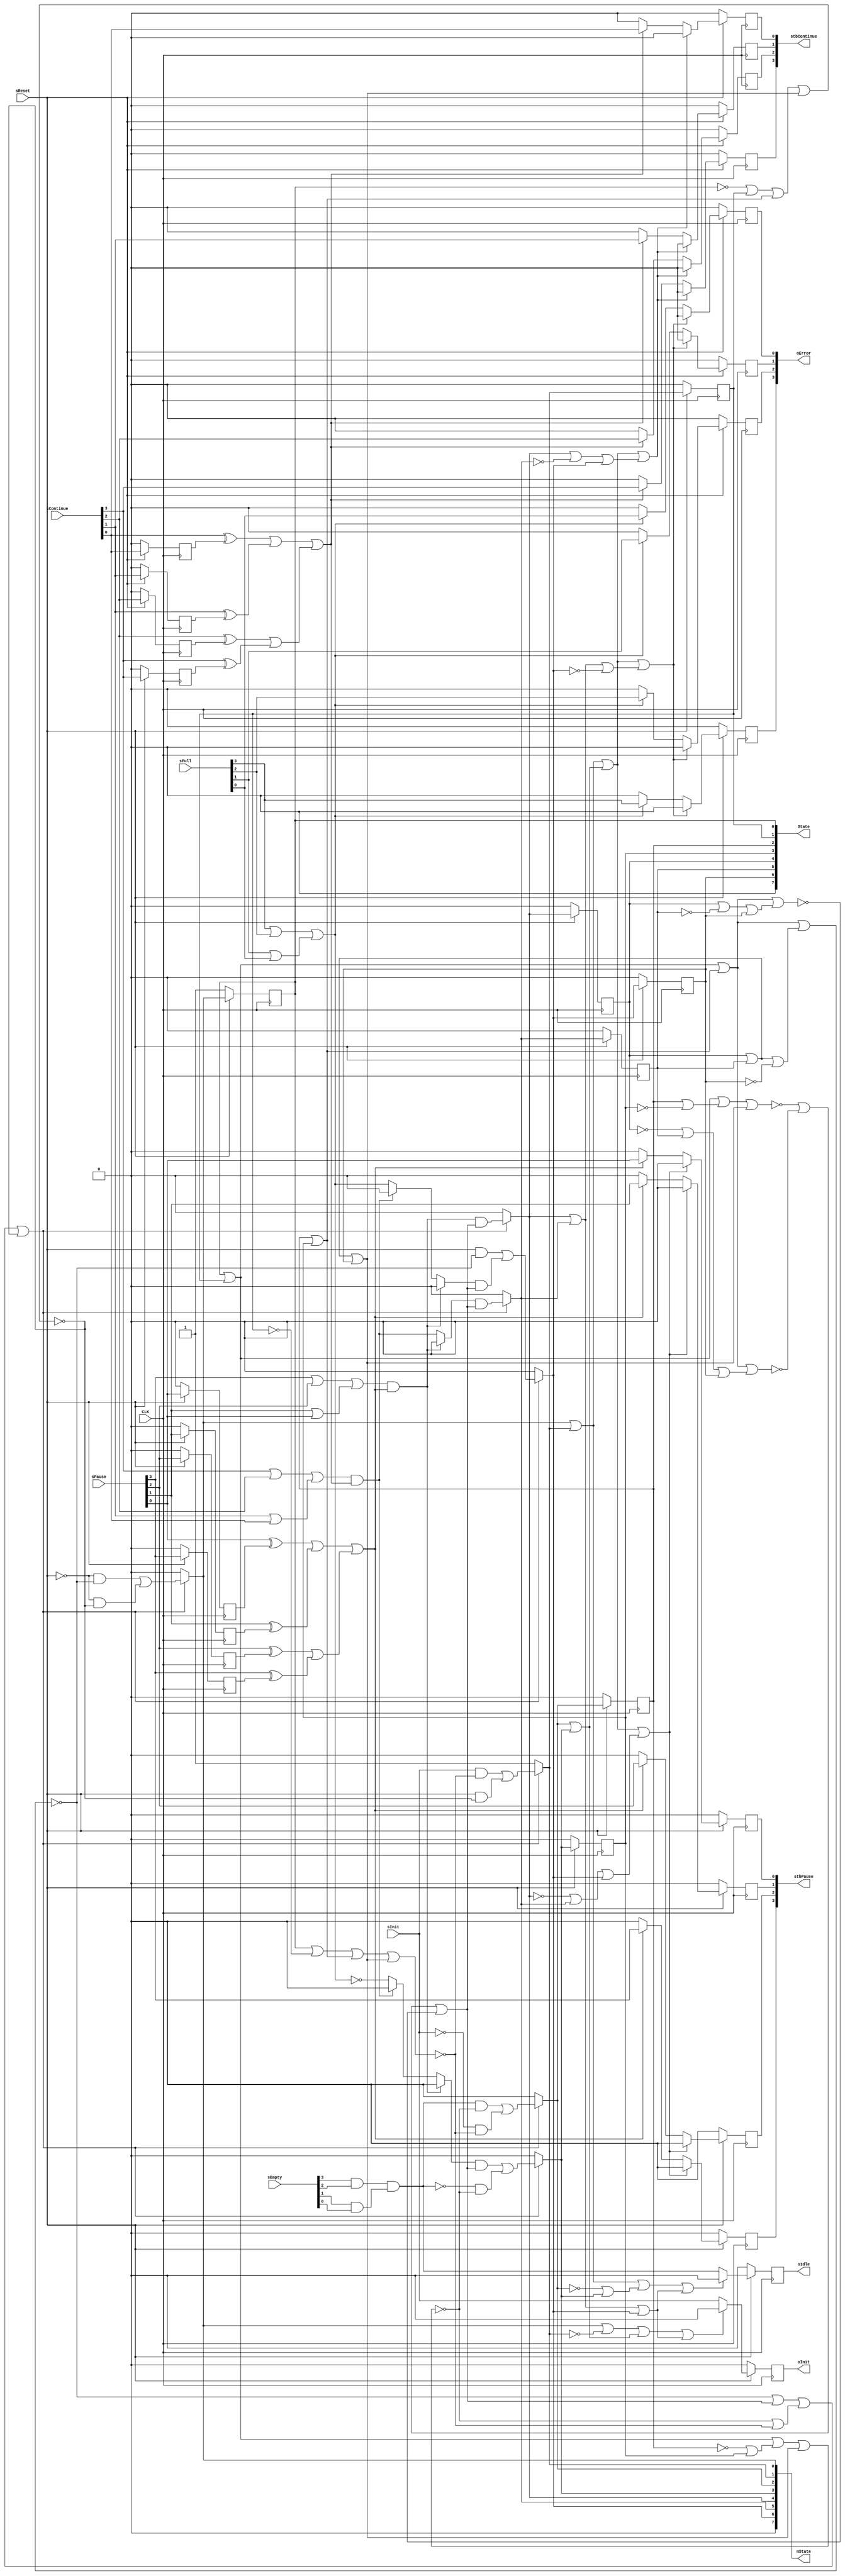
/* Generated by Yosys 0.7 (git sha1 UNKNOWN, clang 5.0.1 -march=x86-64 -mtune=generic -O2 -fstack-protector-strong -fno-plt -fPIC -Os) */

(* top =  1  *)
(* src = "fsm_synth.v:1" *)
module fsm_synth(CLK, sReset, sInit, sEmpty, sFull, sPause, sContinue, oInit, oIdle, oError, stbPause, stbContinue, State, nState);
  (* src = "fsm_synth.v:133" *)
  wire [3:0] _000_;
  (* src = "fsm_synth.v:133" *)
  wire [3:0] _001_;
  (* src = "fsm_synth.v:133" *)
  wire _002_;
  (* src = "fsm_synth.v:133" *)
  wire _003_;
  (* src = "fsm_synth.v:133" *)
  wire [3:0] _004_;
  (* src = "fsm_synth.v:123" *)
  wire [7:0] _005_;
  (* src = "fsm_synth.v:133" *)
  wire [3:0] _006_;
  (* src = "fsm_synth.v:133" *)
  wire [3:0] _007_;
  (* src = "fsm_synth.v:35" *)
  wire [7:0] _008_;
  (* src = "fsm_synth.v:35" *)
  wire [7:0] _009_;
  (* src = "fsm_synth.v:35" *)
  wire [7:0] _010_;
  (* src = "fsm_synth.v:35" *)
  wire [7:0] _011_;
  (* src = "fsm_synth.v:35" *)
  wire [7:0] _012_;
  (* src = "fsm_synth.v:35" *)
  wire [7:0] _013_;
  wire _014_;
  wire [1:0] _015_;
  wire [1:0] _016_;
  wire [1:0] _017_;
  wire [1:0] _018_;
  wire [1:0] _019_;
  wire [1:0] _020_;
  wire [3:0] _021_;
  wire [1:0] _022_;
  wire [3:0] _023_;
  wire [1:0] _024_;
  wire [3:0] _025_;
  wire [1:0] _026_;
  wire [3:0] _027_;
  wire [1:0] _028_;
  wire [3:0] _029_;
  wire [1:0] _030_;
  wire _031_;
  wire [3:0] _032_;
  wire [1:0] _033_;
  wire [3:0] _034_;
  wire [1:0] _035_;
  wire [3:0] _036_;
  wire [1:0] _037_;
  wire [3:0] _038_;
  wire [1:0] _039_;
  wire [3:0] _040_;
  wire [1:0] _041_;
  wire [3:0] _042_;
  wire [1:0] _043_;
  wire [3:0] _044_;
  wire [1:0] _045_;
  wire [1:0] _046_;
  wire [1:0] _047_;
  wire [1:0] _048_;
  wire [1:0] _049_;
  wire _050_;
  wire [1:0] _051_;
  wire [1:0] _052_;
  wire [1:0] _053_;
  wire [1:0] _054_;
  wire _055_;
  wire [3:0] _056_;
  wire [3:0] _057_;
  wire [7:0] _058_;
  wire [7:0] _059_;
  wire [7:0] _060_;
  wire [7:0] _061_;
  wire [7:0] _062_;
  wire [7:0] _063_;
  wire [7:0] _064_;
  wire [7:0] _065_;
  wire [7:0] _066_;
  wire [7:0] _067_;
  wire _068_;
  wire _069_;
  wire _070_;
  wire _071_;
  wire _072_;
  wire _073_;
  wire _074_;
  wire _075_;
  wire _076_;
  wire _077_;
  wire _078_;
  wire _079_;
  (* src = "fsm_synth.v:186" *)
  wire _080_;
  (* src = "fsm_synth.v:201" *)
  wire _081_;
  wire _082_;
  wire _083_;
  wire _084_;
  wire _085_;
  wire _086_;
  wire _087_;
  wire _088_;
  wire _089_;
  (* src = "fsm_synth.v:36|<techmap.v>:432" *)
  wire [39:0] _090_;
  (* src = "fsm_synth.v:36|<techmap.v>:428" *)
  wire [7:0] _091_;
  wire [3:0] _092_;
  wire [3:0] _093_;
  wire [3:0] _094_;
  wire [3:0] _095_;
  wire [3:0] _096_;
  wire [3:0] _097_;
  wire _098_;
  (* src = "fsm_synth.v:65" *)
  wire _099_;
  (* src = "fsm_synth.v:69" *)
  wire _100_;
  (* src = "fsm_synth.v:36|<techmap.v>:445" *)
  wire _101_;
  (* src = "fsm_synth.v:3" *)
  input CLK;
  (* src = "fsm_synth.v:18" *)
  output [7:0] State;
  (* src = "fsm_synth.v:22" *)
  reg [3:0] continuar;
  (* src = "fsm_synth.v:18" *)
  output [7:0] nState;
  (* src = "fsm_synth.v:23" *)
  wire [7:0] nextState;
  (* src = "fsm_synth.v:14" *)
  output [3:0] oError;
  reg [3:0] oError;
  (* src = "fsm_synth.v:13" *)
  output oIdle;
  reg oIdle;
  (* src = "fsm_synth.v:12" *)
  output oInit;
  reg oInit;
  (* src = "fsm_synth.v:22" *)
  reg [3:0] pausa;
  (* src = "fsm_synth.v:9" *)
  input [3:0] sContinue;
  (* src = "fsm_synth.v:6" *)
  input [3:0] sEmpty;
  (* src = "fsm_synth.v:7" *)
  input [3:0] sFull;
  (* src = "fsm_synth.v:5" *)
  input sInit;
  (* src = "fsm_synth.v:8" *)
  input [3:0] sPause;
  (* src = "fsm_synth.v:4" *)
  input sReset;
  (* src = "fsm_synth.v:23" *)
  wire [7:0] state;
  (* src = "fsm_synth.v:16" *)
  output [3:0] stbContinue;
  reg [3:0] stbContinue;
  (* src = "fsm_synth.v:15" *)
  output [3:0] stbPause;
  reg [3:0] stbPause;
  assign _015_[0] = sPause[3] |(* src = "fsm_synth.v:93" *)  sPause[2];
  assign _015_[1] = sPause[1] |(* src = "fsm_synth.v:93" *)  sPause[0];
  assign _099_ = _015_[0] |(* src = "fsm_synth.v:93" *)  _015_[1];
  assign _016_[0] = sContinue[3] |(* src = "fsm_synth.v:95" *)  sContinue[2];
  assign _016_[1] = sContinue[1] |(* src = "fsm_synth.v:95" *)  sContinue[0];
  assign _100_ = _016_[0] |(* src = "fsm_synth.v:95" *)  _016_[1];
  assign _017_[0] = sEmpty[3] &(* src = "fsm_synth.v:174" *)  sEmpty[2];
  assign _017_[1] = sEmpty[1] &(* src = "fsm_synth.v:174" *)  sEmpty[0];
  assign _013_[2] = _017_[0] &(* src = "fsm_synth.v:174" *)  _017_[1];
  assign _018_[0] = _056_[0] |(* src = "fsm_synth.v:186" *)  _056_[1];
  assign _018_[1] = _056_[2] |(* src = "fsm_synth.v:186" *)  _056_[3];
  assign _080_ = _018_[0] |(* src = "fsm_synth.v:186" *)  _018_[1];
  assign _019_[0] = _057_[0] |(* src = "fsm_synth.v:201" *)  _057_[1];
  assign _019_[1] = _057_[2] |(* src = "fsm_synth.v:201" *)  _057_[3];
  assign _081_ = _019_[0] |(* src = "fsm_synth.v:201" *)  _019_[1];
  assign _020_[0] = sFull[3] |(* src = "fsm_synth.v:219" *)  sFull[2];
  assign _020_[1] = sFull[1] |(* src = "fsm_synth.v:219" *)  sFull[0];
  assign _009_[6] = _020_[0] |(* src = "fsm_synth.v:219" *)  _020_[1];
  assign _021_[2] = nextState[4] |(* src = "fsm_synth.v:151" *)  _058_[5];
  assign _022_[1] = _021_[2] |(* src = "fsm_synth.v:151" *)  nextState[6];
  assign _068_ = _022_[0] |(* src = "fsm_synth.v:151" *)  _022_[1];
  assign _023_[2] = _059_[4] |(* src = "fsm_synth.v:151" *)  nextState[5];
  assign _024_[1] = _023_[2] |(* src = "fsm_synth.v:151" *)  nextState[6];
  assign _069_ = _022_[0] |(* src = "fsm_synth.v:151" *)  _024_[1];
  assign _022_[0] = _021_[0] |(* src = "fsm_synth.v:151" *)  _021_[1];
  assign _026_[1] = _025_[2] |(* src = "fsm_synth.v:151" *)  _025_[3];
  assign _070_ = _022_[0] |(* src = "fsm_synth.v:151" *)  _026_[1];
  assign _021_[0] = nextState[0] |(* src = "fsm_synth.v:151" *)  nextState[1];
  assign _027_[1] = _060_[2] |(* src = "fsm_synth.v:151" *)  nextState[3];
  assign _028_[0] = _021_[0] |(* src = "fsm_synth.v:151" *)  _027_[1];
  assign _071_ = _028_[0] |(* src = "fsm_synth.v:151" *)  _028_[1];
  assign _029_[0] = nextState[0] |(* src = "fsm_synth.v:151" *)  _061_[1];
  assign _021_[1] = nextState[2] |(* src = "fsm_synth.v:151" *)  nextState[3];
  assign _025_[2] = nextState[4] |(* src = "fsm_synth.v:151" *)  nextState[5];
  assign _030_[0] = _029_[0] |(* src = "fsm_synth.v:151" *)  _021_[1];
  assign _028_[1] = _025_[2] |(* src = "fsm_synth.v:151" *)  nextState[6];
  assign _072_ = _030_[0] |(* src = "fsm_synth.v:151" *)  _028_[1];
  assign _031_ = _086_ | _085_;
  assign _014_ = _031_ | _084_;
  assign _032_[0] = state[0] |(* src = "fsm_synth.v:36" *)  state[1];
  assign _032_[1] = state[2] |(* src = "fsm_synth.v:36" *)  state[3];
  assign _032_[2] = state[4] |(* src = "fsm_synth.v:36" *)  state[5];
  assign _033_[1] = _032_[2] |(* src = "fsm_synth.v:36" *)  _032_[3];
  assign _073_ = _033_[0] |(* src = "fsm_synth.v:36" *)  _033_[1];
  assign _034_[2] = state[4] |(* src = "fsm_synth.v:36" *)  _062_[5];
  assign _035_[1] = _034_[2] |(* src = "fsm_synth.v:36" *)  state[6];
  assign _074_ = _033_[0] |(* src = "fsm_synth.v:36" *)  _035_[1];
  assign _036_[2] = _063_[4] |(* src = "fsm_synth.v:36" *)  state[5];
  assign _033_[0] = _032_[0] |(* src = "fsm_synth.v:36" *)  _032_[1];
  assign _037_[1] = _036_[2] |(* src = "fsm_synth.v:36" *)  state[6];
  assign _075_ = _033_[0] |(* src = "fsm_synth.v:36" *)  _037_[1];
  assign _038_[1] = state[2] |(* src = "fsm_synth.v:36" *)  _064_[3];
  assign _039_[0] = _032_[0] |(* src = "fsm_synth.v:36" *)  _038_[1];
  assign _076_ = _039_[0] |(* src = "fsm_synth.v:36" *)  _039_[1];
  assign _040_[1] = _065_[2] |(* src = "fsm_synth.v:36" *)  state[3];
  assign _041_[0] = _032_[0] |(* src = "fsm_synth.v:36" *)  _040_[1];
  assign _077_ = _041_[0] |(* src = "fsm_synth.v:36" *)  _039_[1];
  assign _042_[0] = state[0] |(* src = "fsm_synth.v:36" *)  _066_[1];
  assign _043_[0] = _042_[0] |(* src = "fsm_synth.v:36" *)  _032_[1];
  assign _039_[1] = _032_[2] |(* src = "fsm_synth.v:36" *)  state[6];
  assign _078_ = _043_[0] |(* src = "fsm_synth.v:36" *)  _039_[1];
  assign _044_[0] = _067_[0] |(* src = "fsm_synth.v:36" *)  state[1];
  assign _045_[0] = _044_[0] |(* src = "fsm_synth.v:36" *)  _032_[1];
  assign _079_ = _045_[0] |(* src = "fsm_synth.v:36" *)  _039_[1];
  assign _046_[0] = _090_[6] |(* src = "fsm_synth.v:36|<techmap.v>:441" *)  _090_[14];
  assign _050_ = _049_[0] |(* src = "fsm_synth.v:36|<techmap.v>:441" *)  _049_[1];
  assign _051_[1] = _090_[18] |(* src = "fsm_synth.v:36|<techmap.v>:441" *)  _090_[26];
  assign _091_[1] = _052_[1] |(* src = "fsm_synth.v:36|<techmap.v>:441" *)  _090_[33];
  assign _091_[0] = _053_[0] |(* src = "fsm_synth.v:36|<techmap.v>:441" *)  _090_[32];
  assign _054_[0] = _083_ |(* src = "fsm_synth.v:36|<techmap.v>:445" *)  _014_;
  assign _054_[1] = _087_ |(* src = "fsm_synth.v:36|<techmap.v>:445" *)  _088_;
  assign _055_ = _054_[0] |(* src = "fsm_synth.v:36|<techmap.v>:445" *)  _054_[1];
  assign _101_ = _055_ |(* src = "fsm_synth.v:36|<techmap.v>:445" *)  _089_;
  assign _083_ = ~(* src = "fsm_synth.v:36" *) _073_;
  assign _084_ = ~(* src = "fsm_synth.v:36" *) _074_;
  assign _085_ = ~(* src = "fsm_synth.v:36" *) _075_;
  assign _086_ = ~(* src = "fsm_synth.v:36" *) _076_;
  assign _087_ = ~(* src = "fsm_synth.v:36" *) _077_;
  assign _088_ = ~(* src = "fsm_synth.v:36" *) _078_;
  assign _089_ = ~(* src = "fsm_synth.v:36" *) _079_;
  assign _010_[4] = _099_ &(* src = "fsm_synth.v:93" *)  _080_;
  assign _008_[5] = _100_ &(* src = "fsm_synth.v:95" *)  _081_;
  assign _000_[0] = sReset ? (* src = "fsm_synth.v:134" *) sContinue[0] : 1'b0;
  assign _000_[1] = sReset ? (* src = "fsm_synth.v:134" *) sContinue[1] : 1'b0;
  assign _000_[2] = sReset ? (* src = "fsm_synth.v:134" *) sContinue[2] : 1'b0;
  assign _000_[3] = sReset ? (* src = "fsm_synth.v:134" *) sContinue[3] : 1'b0;
  assign _004_[0] = sReset ? (* src = "fsm_synth.v:134" *) sPause[0] : 1'b0;
  assign _004_[1] = sReset ? (* src = "fsm_synth.v:134" *) sPause[1] : 1'b0;
  assign _004_[2] = sReset ? (* src = "fsm_synth.v:134" *) sPause[2] : 1'b0;
  assign _004_[3] = sReset ? (* src = "fsm_synth.v:134" *) sPause[3] : 1'b0;
  assign _092_[0] = _081_ ? (* src = "fsm_synth.v:201" *) sContinue[0] : 1'b0;
  assign _092_[1] = _081_ ? (* src = "fsm_synth.v:201" *) sContinue[1] : 1'b0;
  assign _092_[2] = _081_ ? (* src = "fsm_synth.v:201" *) sContinue[2] : 1'b0;
  assign _092_[3] = _081_ ? (* src = "fsm_synth.v:201" *) sContinue[3] : 1'b0;
  assign _093_[0] = _068_ ? (* src = "fsm_synth.v:151" *) 1'b0 : _092_[0];
  assign _093_[1] = _068_ ? (* src = "fsm_synth.v:151" *) 1'b0 : _092_[1];
  assign _093_[2] = _068_ ? (* src = "fsm_synth.v:151" *) 1'b0 : _092_[2];
  assign _093_[3] = _068_ ? (* src = "fsm_synth.v:151" *) 1'b0 : _092_[3];
  assign _006_[0] = sReset ? (* src = "fsm_synth.v:134" *) _093_[0] : 1'b0;
  assign _006_[1] = sReset ? (* src = "fsm_synth.v:134" *) _093_[1] : 1'b0;
  assign _006_[2] = sReset ? (* src = "fsm_synth.v:134" *) _093_[2] : 1'b0;
  assign _006_[3] = sReset ? (* src = "fsm_synth.v:134" *) _093_[3] : 1'b0;
  assign _094_[0] = _080_ ? (* src = "fsm_synth.v:186" *) sPause[0] : 1'b0;
  assign _094_[1] = _080_ ? (* src = "fsm_synth.v:186" *) sPause[1] : 1'b0;
  assign _094_[2] = _080_ ? (* src = "fsm_synth.v:186" *) sPause[2] : 1'b0;
  assign _094_[3] = _080_ ? (* src = "fsm_synth.v:186" *) sPause[3] : 1'b0;
  assign _095_[0] = _069_ ? (* src = "fsm_synth.v:151" *) 1'b0 : _094_[0];
  assign _095_[1] = _069_ ? (* src = "fsm_synth.v:151" *) 1'b0 : _094_[1];
  assign _095_[2] = _069_ ? (* src = "fsm_synth.v:151" *) 1'b0 : _094_[2];
  assign _095_[3] = _069_ ? (* src = "fsm_synth.v:151" *) 1'b0 : _094_[3];
  assign _007_[0] = sReset ? (* src = "fsm_synth.v:134" *) _095_[0] : 1'b0;
  assign _007_[1] = sReset ? (* src = "fsm_synth.v:134" *) _095_[1] : 1'b0;
  assign _007_[2] = sReset ? (* src = "fsm_synth.v:134" *) _095_[2] : 1'b0;
  assign _007_[3] = sReset ? (* src = "fsm_synth.v:134" *) _095_[3] : 1'b0;
  assign _096_[0] = _009_[6] ? (* src = "fsm_synth.v:219" *) sFull[0] : 1'b0;
  assign _096_[1] = _009_[6] ? (* src = "fsm_synth.v:219" *) sFull[1] : 1'b0;
  assign _096_[2] = _009_[6] ? (* src = "fsm_synth.v:219" *) sFull[2] : 1'b0;
  assign _096_[3] = _009_[6] ? (* src = "fsm_synth.v:219" *) sFull[3] : 1'b0;
  assign _097_[0] = _070_ ? (* src = "fsm_synth.v:151" *) 1'b0 : _096_[0];
  assign _097_[1] = _070_ ? (* src = "fsm_synth.v:151" *) 1'b0 : _096_[1];
  assign _097_[2] = _070_ ? (* src = "fsm_synth.v:151" *) 1'b0 : _096_[2];
  assign _097_[3] = _070_ ? (* src = "fsm_synth.v:151" *) 1'b0 : _096_[3];
  assign _001_[0] = sReset ? (* src = "fsm_synth.v:134" *) _097_[0] : 1'b0;
  assign _001_[1] = sReset ? (* src = "fsm_synth.v:134" *) _097_[1] : 1'b0;
  assign _001_[2] = sReset ? (* src = "fsm_synth.v:134" *) _097_[2] : 1'b0;
  assign _001_[3] = sReset ? (* src = "fsm_synth.v:134" *) _097_[3] : 1'b0;
  assign _098_ = _071_ ? (* src = "fsm_synth.v:151" *) 1'b0 : _013_[2];
  assign _002_ = sReset ? (* src = "fsm_synth.v:134" *) _098_ : 1'b0;
  assign _082_ = _072_ ? (* src = "fsm_synth.v:151" *) 1'b0 : sInit;
  assign _003_ = sReset ? (* src = "fsm_synth.v:134" *) _082_ : 1'b0;
  assign _005_[0] = sReset ? (* src = "fsm_synth.v:124" *) nextState[0] : 1'b1;
  assign _005_[1] = sReset ? (* src = "fsm_synth.v:124" *) nextState[1] : 1'b0;
  assign _005_[2] = sReset ? (* src = "fsm_synth.v:124" *) nextState[2] : 1'b0;
  assign _005_[3] = sReset ? (* src = "fsm_synth.v:124" *) nextState[3] : 1'b0;
  assign _005_[4] = sReset ? (* src = "fsm_synth.v:124" *) nextState[4] : 1'b0;
  assign _005_[5] = sReset ? (* src = "fsm_synth.v:124" *) nextState[5] : 1'b0;
  assign _005_[6] = sReset ? (* src = "fsm_synth.v:124" *) nextState[6] : 1'b0;
  assign _009_[3] = ~(* src = "fsm_synth.v:97" *) _009_[6];
  assign _010_[3] = _010_[4] ? (* src = "fsm_synth.v:93" *) 1'b0 : _008_[3];
  assign _010_[5] = _010_[4] ? (* src = "fsm_synth.v:93" *) 1'b0 : _008_[5];
  assign _010_[6] = _010_[4] ? (* src = "fsm_synth.v:93" *) 1'b0 : _008_[6];
  assign _008_[3] = _008_[5] ? (* src = "fsm_synth.v:69" *) 1'b0 : _009_[3];
  assign _008_[6] = _008_[5] ? (* src = "fsm_synth.v:69" *) 1'b0 : _009_[6];
  assign _013_[3] = ~(* src = "fsm_synth.v:56" *) _013_[2];
  assign _012_[2] = ~(* src = "fsm_synth.v:47" *) sInit;
  assign _011_[0] = ~(* src = "fsm_synth.v:39" *) sReset;
  assign nextState[0] = _101_ ? (* src = "fsm_synth.v:36|<techmap.v>:445" *) _091_[0] : 1'b0;
  assign nextState[1] = _101_ ? (* src = "fsm_synth.v:36|<techmap.v>:445" *) _091_[1] : 1'b1;
  assign nextState[2] = _101_ ? (* src = "fsm_synth.v:36|<techmap.v>:445" *) _051_[1] : 1'b0;
  assign nextState[3] = _101_ ? (* src = "fsm_synth.v:36|<techmap.v>:445" *) _050_ : 1'b0;
  assign nextState[4] = _101_ ? (* src = "fsm_synth.v:36|<techmap.v>:445" *) _048_[0] : 1'b0;
  assign nextState[5] = _101_ ? (* src = "fsm_synth.v:36|<techmap.v>:445" *) _047_[0] : 1'b0;
  assign nextState[6] = _101_ ? (* src = "fsm_synth.v:36|<techmap.v>:445" *) _046_[0] : 1'b0;
  (* src = "fsm_synth.v:133" *)
  always @(posedge CLK)
      oInit <= _003_;
  (* src = "fsm_synth.v:133" *)
  always @(posedge CLK)
      oIdle <= _002_;
  (* src = "fsm_synth.v:133" *)
  always @(posedge CLK)
      oError[0] <= _001_[0];
  (* src = "fsm_synth.v:133" *)
  always @(posedge CLK)
      oError[1] <= _001_[1];
  (* src = "fsm_synth.v:133" *)
  always @(posedge CLK)
      oError[2] <= _001_[2];
  (* src = "fsm_synth.v:133" *)
  always @(posedge CLK)
      oError[3] <= _001_[3];
  (* src = "fsm_synth.v:133" *)
  always @(posedge CLK)
      stbPause[0] <= _007_[0];
  (* src = "fsm_synth.v:133" *)
  always @(posedge CLK)
      stbPause[1] <= _007_[1];
  (* src = "fsm_synth.v:133" *)
  always @(posedge CLK)
      stbPause[2] <= _007_[2];
  (* src = "fsm_synth.v:133" *)
  always @(posedge CLK)
      stbPause[3] <= _007_[3];
  (* src = "fsm_synth.v:133" *)
  always @(posedge CLK)
      stbContinue[0] <= _006_[0];
  (* src = "fsm_synth.v:133" *)
  always @(posedge CLK)
      stbContinue[1] <= _006_[1];
  (* src = "fsm_synth.v:133" *)
  always @(posedge CLK)
      stbContinue[2] <= _006_[2];
  (* src = "fsm_synth.v:133" *)
  always @(posedge CLK)
      stbContinue[3] <= _006_[3];
  (* src = "fsm_synth.v:133" *)
  always @(posedge CLK)
      pausa[0] <= _004_[0];
  (* src = "fsm_synth.v:133" *)
  always @(posedge CLK)
      pausa[1] <= _004_[1];
  (* src = "fsm_synth.v:133" *)
  always @(posedge CLK)
      pausa[2] <= _004_[2];
  (* src = "fsm_synth.v:133" *)
  always @(posedge CLK)
      pausa[3] <= _004_[3];
  (* src = "fsm_synth.v:133" *)
  always @(posedge CLK)
      continuar[0] <= _000_[0];
  (* src = "fsm_synth.v:133" *)
  always @(posedge CLK)
      continuar[1] <= _000_[1];
  (* src = "fsm_synth.v:133" *)
  always @(posedge CLK)
      continuar[2] <= _000_[2];
  (* src = "fsm_synth.v:133" *)
  always @(posedge CLK)
      continuar[3] <= _000_[3];
  reg \state_reg[0] ;
  (* src = "fsm_synth.v:123" *)
  always @(posedge CLK)
      \state_reg[0]  <= _005_[0];
  assign state[0] = \state_reg[0] ;
  reg \state_reg[1] ;
  (* src = "fsm_synth.v:123" *)
  always @(posedge CLK)
      \state_reg[1]  <= _005_[1];
  assign state[1] = \state_reg[1] ;
  reg \state_reg[2] ;
  (* src = "fsm_synth.v:123" *)
  always @(posedge CLK)
      \state_reg[2]  <= _005_[2];
  assign state[2] = \state_reg[2] ;
  reg \state_reg[3] ;
  (* src = "fsm_synth.v:123" *)
  always @(posedge CLK)
      \state_reg[3]  <= _005_[3];
  assign state[3] = \state_reg[3] ;
  reg \state_reg[4] ;
  (* src = "fsm_synth.v:123" *)
  always @(posedge CLK)
      \state_reg[4]  <= _005_[4];
  assign state[4] = \state_reg[4] ;
  reg \state_reg[5] ;
  (* src = "fsm_synth.v:123" *)
  always @(posedge CLK)
      \state_reg[5]  <= _005_[5];
  assign state[5] = \state_reg[5] ;
  reg \state_reg[6] ;
  (* src = "fsm_synth.v:123" *)
  always @(posedge CLK)
      \state_reg[6]  <= _005_[6];
  assign state[6] = \state_reg[6] ;
  assign _056_[0] = sPause[0] ^(* src = "fsm_synth.v:186" *)  pausa[0];
  assign _056_[1] = sPause[1] ^(* src = "fsm_synth.v:186" *)  pausa[1];
  assign _056_[2] = sPause[2] ^(* src = "fsm_synth.v:186" *)  pausa[2];
  assign _056_[3] = sPause[3] ^(* src = "fsm_synth.v:186" *)  pausa[3];
  assign _057_[0] = sContinue[0] ^(* src = "fsm_synth.v:201" *)  continuar[0];
  assign _057_[1] = sContinue[1] ^(* src = "fsm_synth.v:201" *)  continuar[1];
  assign _057_[2] = sContinue[2] ^(* src = "fsm_synth.v:201" *)  continuar[2];
  assign _057_[3] = sContinue[3] ^(* src = "fsm_synth.v:201" *)  continuar[3];
  assign _058_[5] = nextState[5] ^(* src = "fsm_synth.v:151" *)  1'b1;
  assign _059_[4] = nextState[4] ^(* src = "fsm_synth.v:151" *)  1'b1;
  assign _025_[3] = nextState[6] ^(* src = "fsm_synth.v:151" *)  1'b1;
  assign _060_[2] = nextState[2] ^(* src = "fsm_synth.v:151" *)  1'b1;
  assign _061_[1] = nextState[1] ^(* src = "fsm_synth.v:151" *)  1'b1;
  assign _032_[3] = state[6] ^(* src = "fsm_synth.v:36" *)  1'b1;
  assign _062_[5] = state[5] ^(* src = "fsm_synth.v:36" *)  1'b1;
  assign _063_[4] = state[4] ^(* src = "fsm_synth.v:36" *)  1'b1;
  assign _064_[3] = state[3] ^(* src = "fsm_synth.v:36" *)  1'b1;
  assign _065_[2] = state[2] ^(* src = "fsm_synth.v:36" *)  1'b1;
  assign _066_[1] = state[1] ^(* src = "fsm_synth.v:36" *)  1'b1;
  assign _067_[0] = state[0] ^(* src = "fsm_synth.v:36" *)  1'b1;
  assign _090_[32] = _011_[0] &(* src = "fsm_synth.v:36|<techmap.v>:434" *)  _089_;
  assign _090_[33] = sReset &(* src = "fsm_synth.v:36|<techmap.v>:434" *)  _089_;
  assign _052_[1] = sInit &(* src = "fsm_synth.v:36|<techmap.v>:434" *)  _088_;
  assign _090_[26] = _012_[2] &(* src = "fsm_synth.v:36|<techmap.v>:434" *)  _088_;
  assign _090_[18] = _013_[2] &(* src = "fsm_synth.v:36|<techmap.v>:434" *)  _087_;
  assign _049_[1] = _013_[3] &(* src = "fsm_synth.v:36|<techmap.v>:434" *)  _087_;
  assign _049_[0] = _010_[3] &(* src = "fsm_synth.v:36|<techmap.v>:434" *)  _014_;
  assign _048_[0] = _010_[4] &(* src = "fsm_synth.v:36|<techmap.v>:434" *)  _014_;
  assign _047_[0] = _010_[5] &(* src = "fsm_synth.v:36|<techmap.v>:434" *)  _014_;
  assign _090_[14] = _010_[6] &(* src = "fsm_synth.v:36|<techmap.v>:434" *)  _014_;
  assign _053_[0] = _011_[0] &(* src = "fsm_synth.v:36|<techmap.v>:434" *)  _083_;
  assign _090_[6] = sReset &(* src = "fsm_synth.v:36|<techmap.v>:434" *)  _083_;
  assign State = { 1'b0, state[6:0] };
  assign nState = { 1'b0, nextState[6:0] };
  assign nextState[7] = 1'b0;
  assign state[7] = 1'b0;
endmodule